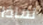
لماذا